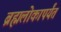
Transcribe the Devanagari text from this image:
ब्रह्मलोकापर्यंत